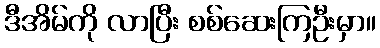
ဒီအိမ်ကို လာပြီး စစ်ဆေးကြဦးမှာ။